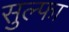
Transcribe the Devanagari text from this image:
सुल्फा